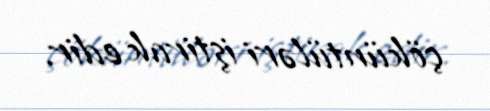
çöküntüləri iştirak edir.